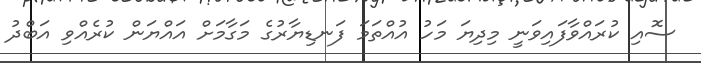
ސޮއި ކުރައްވާފައިވަނީ މިދިޔަ މަހު އުއްތަމަ ފަނޑިޔާރުގެ މަގާމަށް އައްޔަން ކުރެއްވި އަބްދު